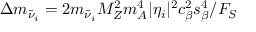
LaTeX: \Delta m _ { \tilde { \nu } _ { i } } = 2 m _ { \tilde { \nu } _ { i } } M _ { Z } ^ { 2 } m _ { A } ^ { 4 } | \eta _ { i } | ^ { 2 } c _ { \beta } ^ { 2 } s _ { \beta } ^ { 4 } / F _ { S }